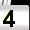
Digit: 4